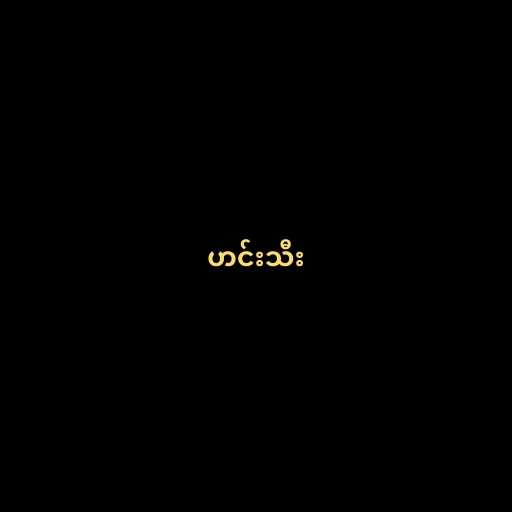
ဟင်းသီး